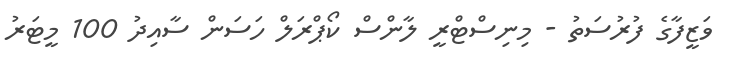
ވަޒީފާގެ ފުރުސަތު - މިނިސްޓްރީ ލާންސް ކޯޕްރަލް ހަސަން ސާއިދު 100 މީޓަރު